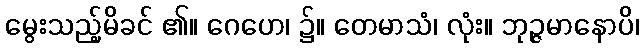
မွေးသည့်မိခင် ၏။ ဂေဟေ၊ ၌။ တေမာသံ၊ လုံး။ ဘုဉ္ဇမာနောပိ၊